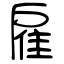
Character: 雇